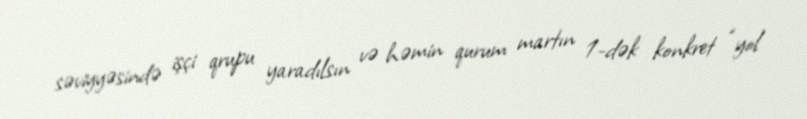
səviyyəsində işçi qrupu yaradılsın və həmin qurum martın 1-dək konkret “yol